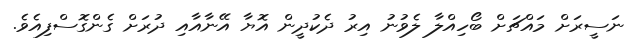
ނަސީރަށް މައްޗަށް ބޯހިއްލާ ލެވުނު އިރު ދެކުދީން އޮޔާ އޭނާއާއި ދުރަށް ގެންގޮސްފިއެވެ.